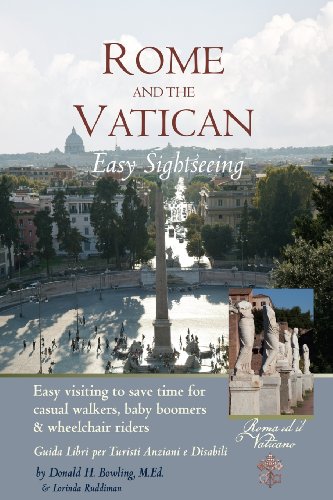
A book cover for Rome and Vatican  Easy Sightseeing: Easy visiting for casual walkers,seniors and handicapped travelers.  Guiida Libri per Turisti Anziani e Disabilid; Mr. Donald H. Bowling M. Ed.; Travel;